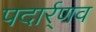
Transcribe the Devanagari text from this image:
पदार्र्णव